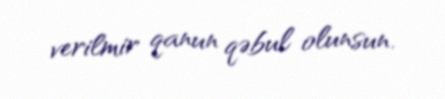
verilmir qanun qəbul olunsun.